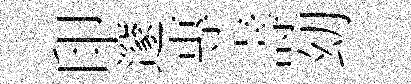
印邃專壽㓜